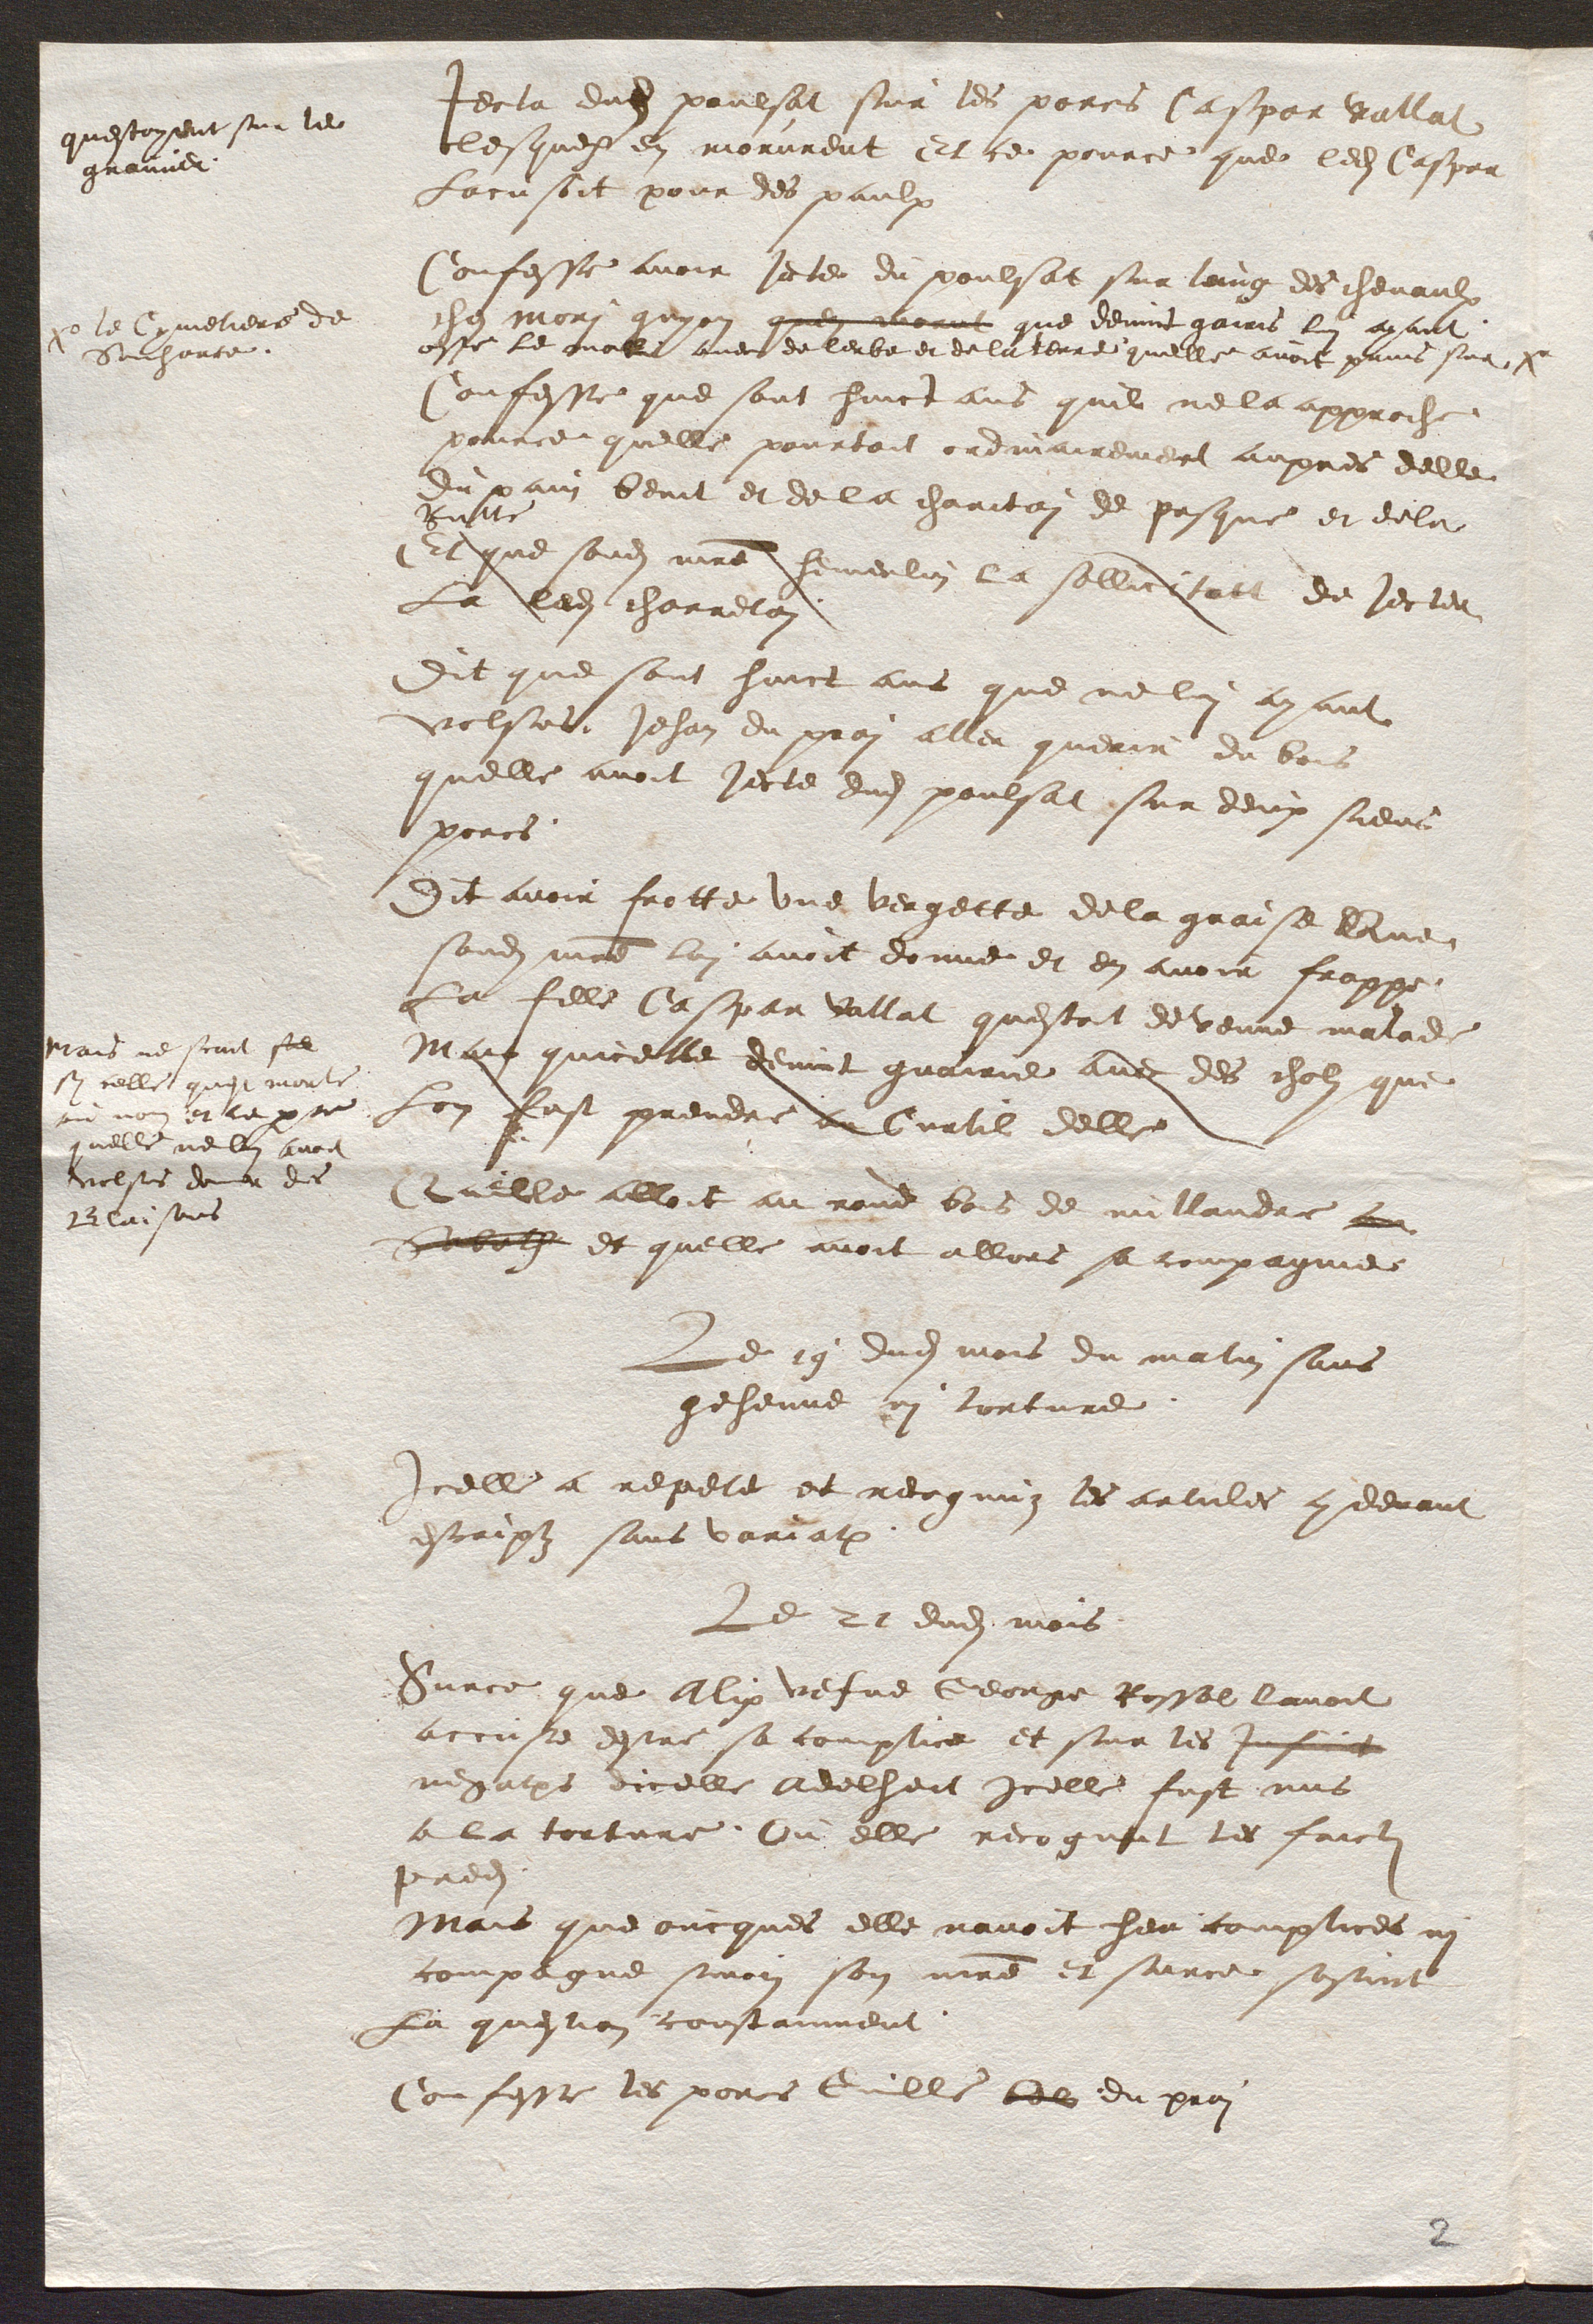
questoyent sur le
grenier
xo le Cymetiere de
Souharce.
mais ne scait se
Sy celle quest morte
ou non  et ce parce
quelle ne lui avoit
volsus donner des
Blaisons

Jecta dudit poulsat sur les porcs Caspar vallat
lesquex en morurent Et ce pource que ledit Caspar
Lacusoit pour des paulx
Confesse avoir jete du poulsat sur lung des chevaulx
ches mori guyon
quen morut que devint gairis lui ayant
oste le mal avec de lerbe et de la terre quelle avoit prins sur xo
Confesse que sont huict ans quil ne la approche
pour ce quelle pourtoit ordinairement aupres delle
du pain benit et de la charitai de pasque et dela
Rutte
Et que sondit maitre hemerlin La sollicitatt de jecter
La ladite charretai
Dit que sont huict ans que ne lui ayant
volsus, Jehan du prai aller querir du bois
quelle avoit jecte dudit poulsat sur deux siens
porcs.
Dit avoir frotte une vergette de la graise Que
sondit maitre lui avoit donne et en avoir frappe
La fille Caspar vallat questoit devenue malade
Mais quicelle devint guairie avec des cholz que
lom fust prendre au Curtil delle
Quelle alloit au rond bois de millandre au
Sabath et quelle avoit allors sa compagnie
Le 19 dudit mois du matin sans
gehenne ni torture.
Icelle a repete et recognuz les articles cydevant
escriptz sans variation.
Le 21 dudit mois
Surce que Alix vefve George Rossel lavoit
accuse destre sa complice et sur les inficiat
negations dicelle Adelheit icelle fust mis
a la torture, Ou elle recognut les faitz
predits
Mais que oncques elle navoit heu complices ni
compagne sinon son maitre et surce sostint
La question constamment.
Confesse les porcs Guille bel du prai